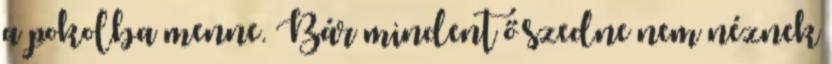
a pokolba menne. Bár mindent ő szedne nem néznek